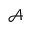
\mathcal { A }